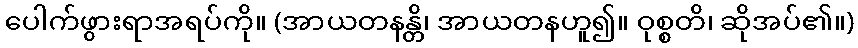
ပေါက်ဖွားရာအရပ်ကို။ (အာယတနန္တိ၊ အာယတနဟူ၍။ ဝုစ္စတိ၊ ဆိုအပ်၏။)